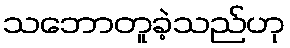
သဘောတူခဲ့သည်ဟု